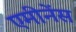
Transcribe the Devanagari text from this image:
एमीनेंस